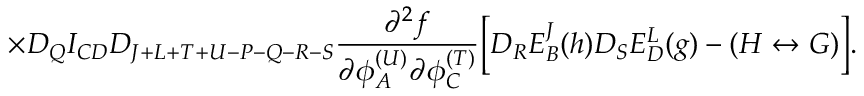
\times D _ { Q } I _ { C D } D _ { J + L + T + U - P - Q - R - S } { \frac { \partial ^ { 2 } f } { \partial \phi _ { A } ^ { ( U ) } \partial \phi _ { C } ^ { ( T ) } } } \biggl [ D _ { R } E _ { B } ^ { J } ( h ) D _ { S } E _ { D } ^ { L } ( g ) - ( H \leftrightarrow G ) \biggr ] .